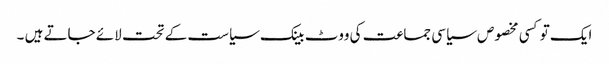
ایک تو کسی مخصوص سیاسی جماعت کی ووٹ بینک سیاست کے تحت لائے جاتے ہیں ۔